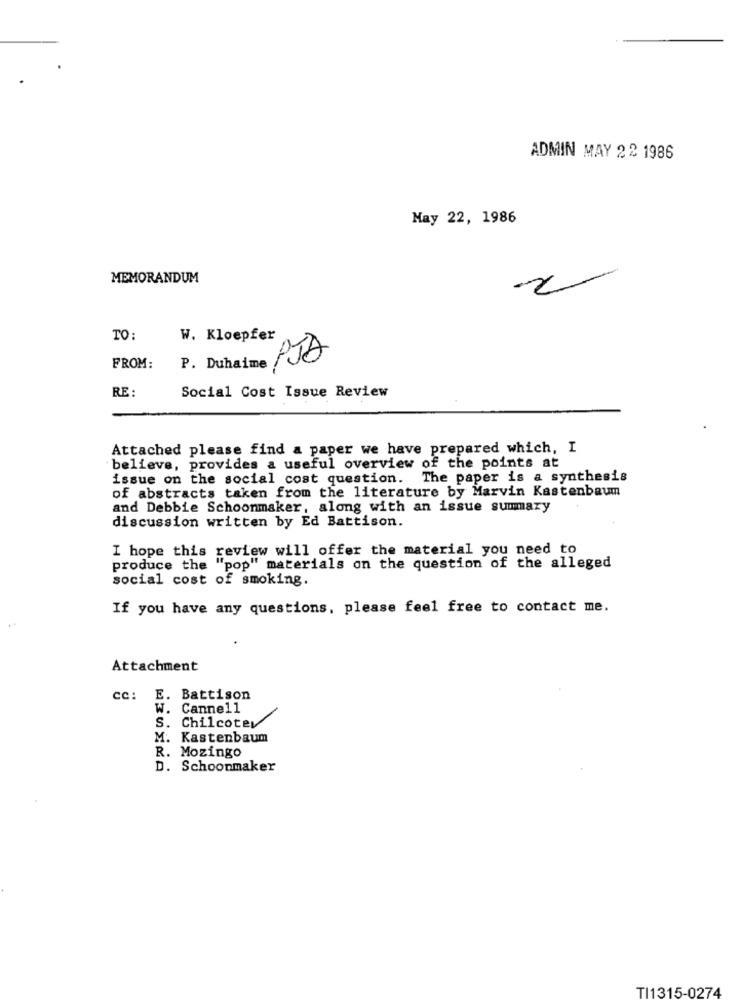
ADMIN MAY 2 2 1986
May 22, 1986
MEMORANDUM
2
TO:
W. Kloepfer
FROM:
P. Duhaime
RE :
Social Cost Issue Review
Attached please find a paper we have prepared which, I
believe, provides a useful overview of the points at
issue on the social cost question.
The paper is a synthesis
of abstracts taken from the literature by Marvin Kastenbaum
and Debbie Schoonmaker, along with an issue summary
discussion written by Ed Battison.
I hope this review will offer the material you need to
produce the "pop" materials on the question of the alleged
social cost of smoking.
If you have any questions, please feel free to contact me.
Attachment
cc: E. Battison
W. Cannell
S. Chilcoter
M. Kastenbaum
R. Mozingo
D. Schoonmaker
TI1315-0274